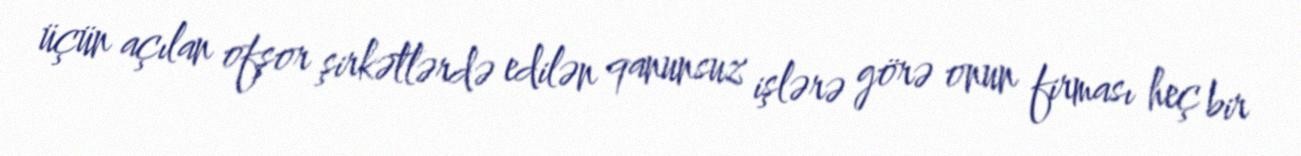
üçün açılan ofşor şirkətlərdə edilən qanunsuz işlərə görə onun firması heç bir